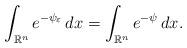
LaTeX: \begin{align*}\int_{\mathbb{R}^n} e^{-\psi_\varepsilon}\, dx = \int_{\mathbb{R}^n} e^{-\psi}\, dx.\end{align*}